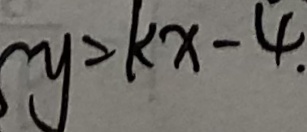
x y = k x - 4 .